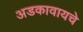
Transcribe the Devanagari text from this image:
अडकावायचे